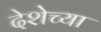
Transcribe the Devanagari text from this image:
देशेच्या